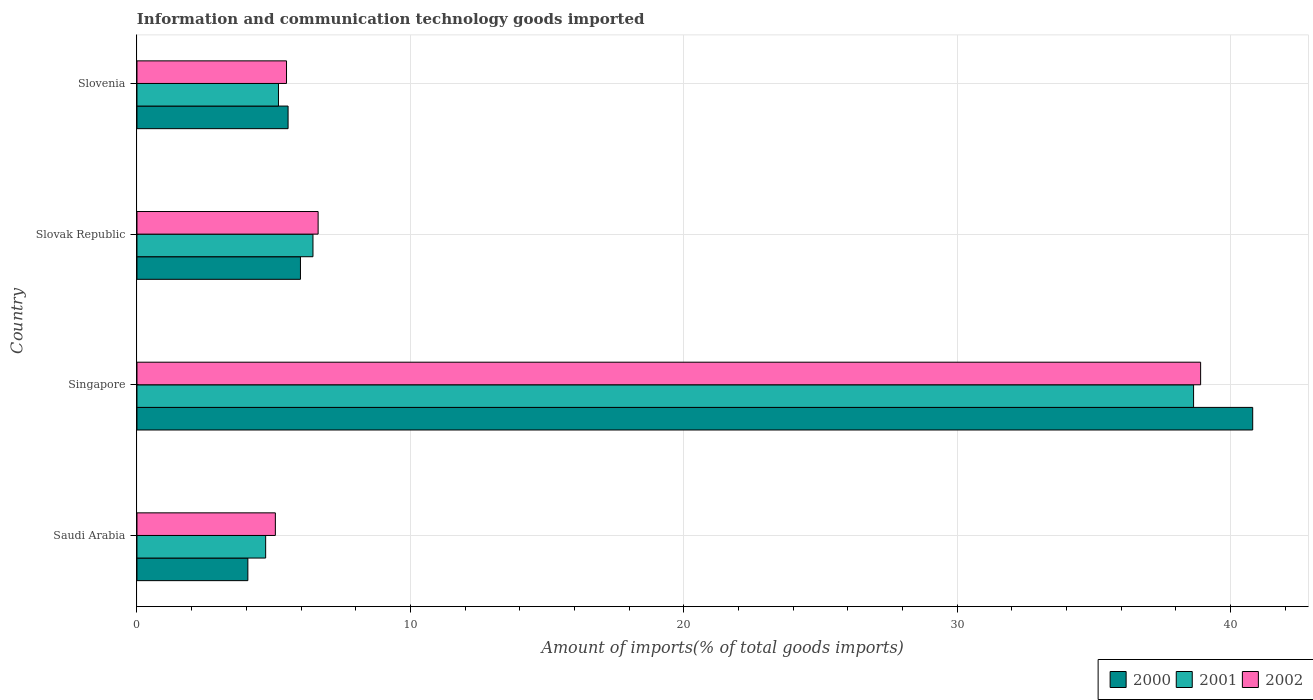
| Country | 2000 | 2001 | 2002 |
 | --- | --- | --- | --- |
 | Saudi Arabia | 4.06 | 4.71 | 5.06 |
 | Singapore | 40.8 | 38.6 | 38.9 |
 | Slovak Republic | 5.98 | 6.44 | 6.63 |
 | Slovenia | 5.53 | 5.18 | 5.47 |